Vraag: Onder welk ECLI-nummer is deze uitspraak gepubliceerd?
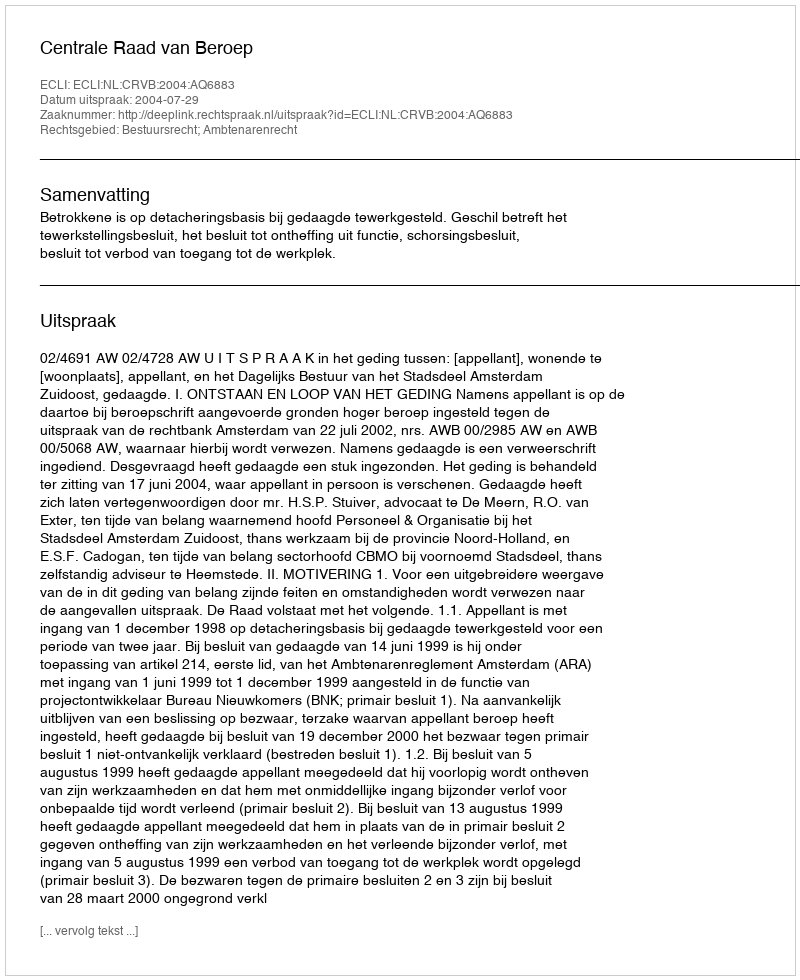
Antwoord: ECLI:NL:CRVB:2004:AQ6883